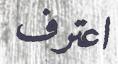
اعترف